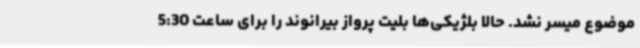
موضوع میسر نشد. حالا بلژیکی‌ها بلیت پرواز بیرانوند را برای ساعت 5:30